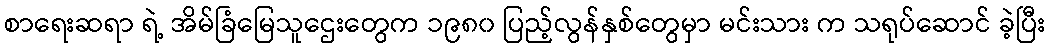
စာရေးဆရာ ရဲ့ အိမ်ခြံမြေသူဌေးတွေက ၁၉၈၀ ပြည့်လွန်နှစ်တွေမှာ မင်းသား က သရုပ်ဆောင် ခဲ့ပြီး